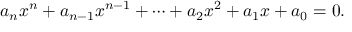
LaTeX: a _ { n } x ^ { n } + a _ { n - 1 } x ^ { n - 1 } + \dotsb + a _ { 2 } x ^ { 2 } + a _ { 1 } x + a _ { 0 } = 0 .